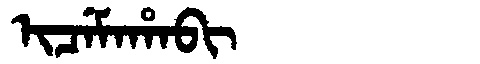
Manchu: ᡳᠴᡝᠮᠠᡥᠠᠪᡳ
Romanization: ICEMAHABI